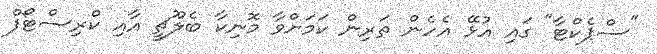
"ސްޕެކްޓާ" ގައި އުޅޭ އެހެން ތަރިން ކަމަށްވާ މޮނިކާ ބެލޫޗީ އާއި ކްރިސްޓޯފް